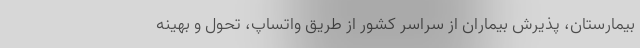
بيمارستان، پذيرش بيماران از سراسر كشور از طريق واتساپ، تحول و بهينه